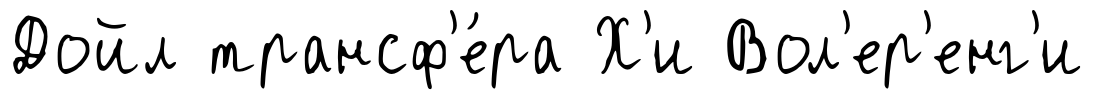
Дойл трансф'е́ра Х'и Вол'ер'енг'и